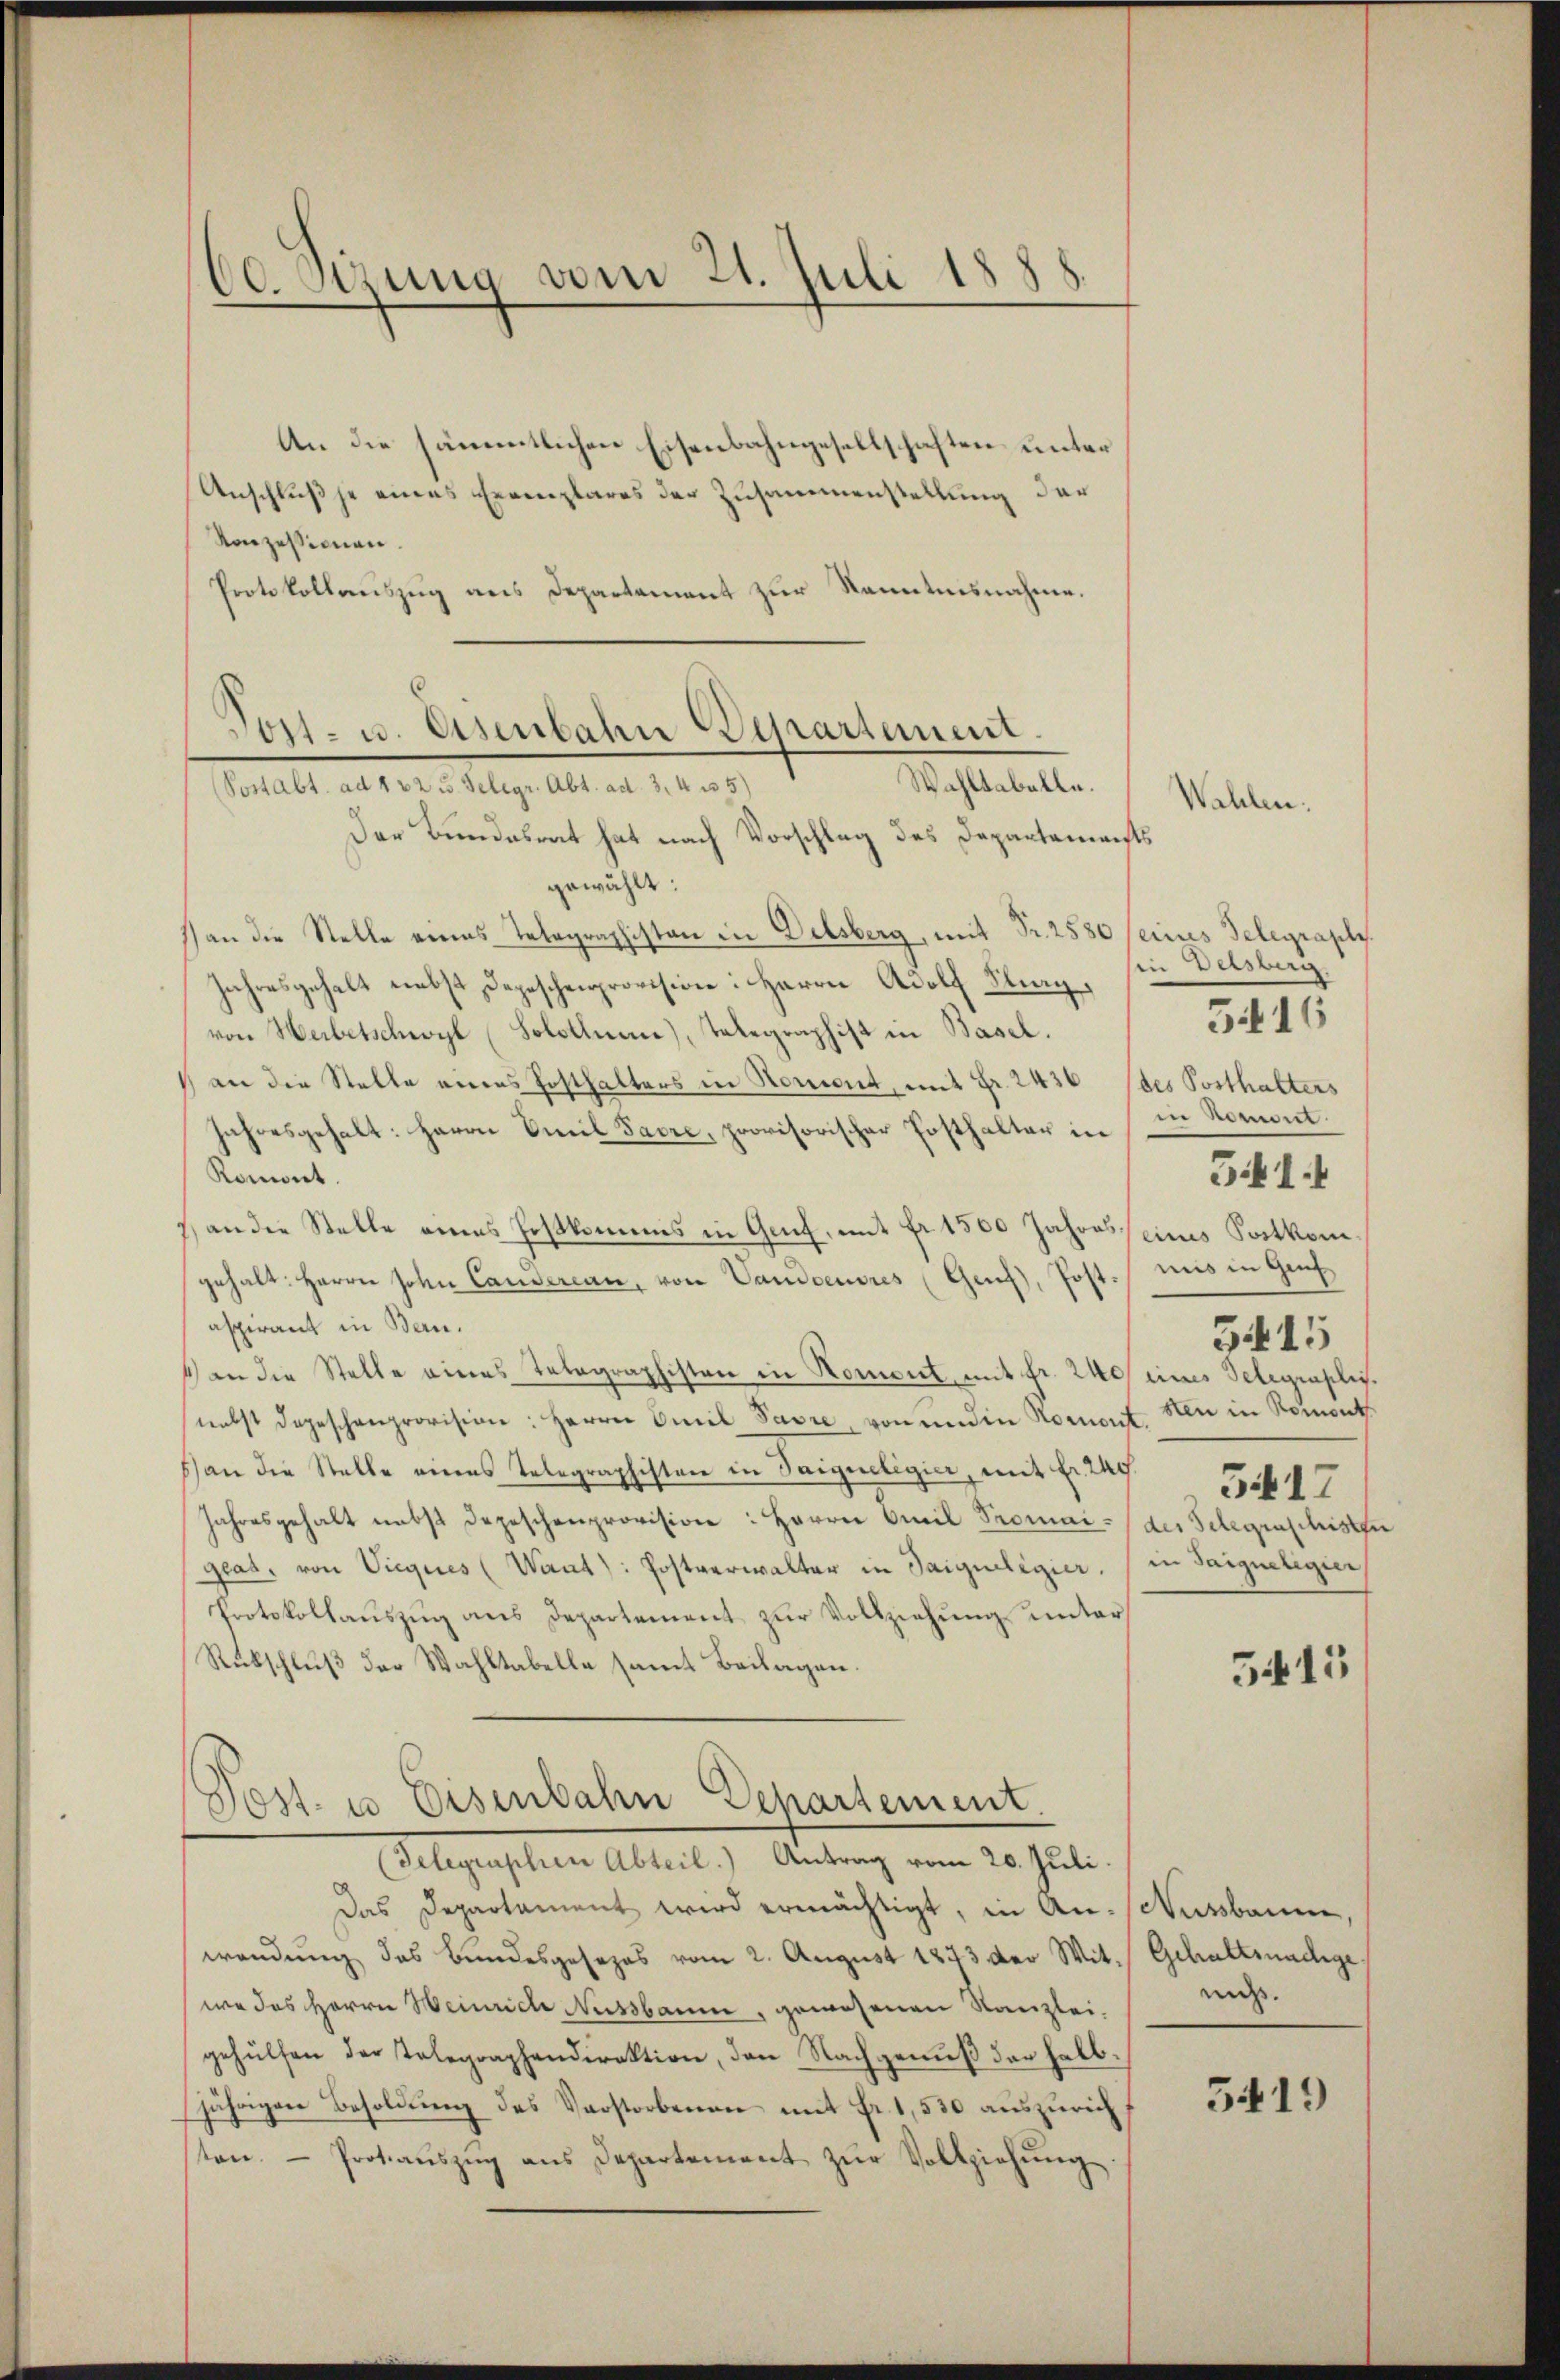
60. Sizung vom 21. Juli 1888.

An die sämmtlichen Eisenbahngesellschaften unter
Anschluß je eines Exemplares der Zusammenstellung der
Konzessionen.
Protokollauszug aus Departement zur Kenntnisnahme.

Post- u. Eisenbahn Departement.
Wahltabelle.
(Postabt. ad 122 u. Telegr. Abt. ad. 3, 4 35)

Der Bundesrat hat nach Vorschlag des Departements
gewählt:
san die Stelle eines Telegraphisten in Delsberg, mit Fr. 2580 seines Telegraphis
Jahresgehalt nebst Depeschenprovision: Herrn Adolf Kling,
von Werbetschwyl (Solothume), Telegraphist in Basel.
1 an die Stelle eines Posthalters in Korint, mit Fr. 2436 (des Posthalters
Jahresgehalt: Herrn Emil Favre, provisorischer Posthalter in
Komont.
7 an die Stelle eines Foskommis in Genf, mit fr. 1500 Jahresseines Postkom
gehalt: Herrn John Candereau, von Vandoeuvres (Genf), Post
aspirant in Bern.
4 an die Stelle eines Telegraphisten in Koment mit Fr. 240 eines Telegraplisnebst depeschenprovision: Herrn Emil Favre, von und in Nomont. den in Roment
s an die Stelle eines Telegraphisten in Saigueligier, mit Fr. 247. 5064
Jahresgehalt nebst Depeschenprovision: Herrn Oril Promai- (der Telegenschisten
geat, von Vieques (Want): Postverwalter in Saigueligier. (in Saigneligier
Protokollauszug aus Departement zur Vollziehung unter
Rübschluß der Wahltabelle samt Beilagen.

Post- u Eisenbahn Departement.
(Gelegraphen Abteil.) Antrag vom 20. Juli.

Das Departament wird ermächtigt, in An-Nussbaum,
wendung des Bundesgesezes vom 2. August 1873 der Witwe des Herrn Weinrich Nussbaum, gewesenen Kanzlei,
gehülfen der Telegraphendirektion, den Nachgenuß der halbjährigen Besoldung des Verstorbenen mit Fr. 1,530 auszurichten. - Protaŭszŭg ans Departement zŭr Vollziehŭng.

Wahlen.

sen Delsberg
in koment.
mis in Gef
515

3416

541

5413

Gehaltrnadige
mi.

5419